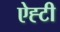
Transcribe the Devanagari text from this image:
ऐह्टी